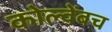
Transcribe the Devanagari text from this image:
कोल्वेंबच